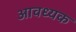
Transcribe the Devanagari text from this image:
आवध्यक